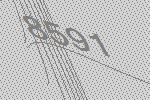
8591